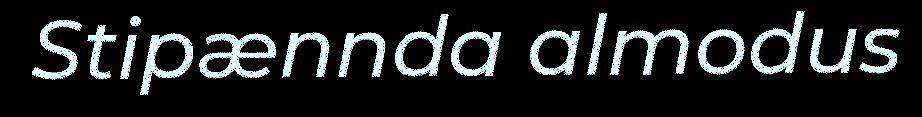
Stipænnda almodus